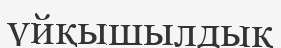
үйқышылдық